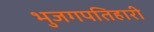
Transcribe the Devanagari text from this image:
भुजगपतिहारी